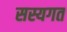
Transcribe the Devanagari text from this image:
सस्यगत